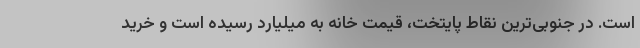
است. در جنوبی‌ترین نقاط پایتخت، قیمت خانه به میلیارد رسیده است و خرید